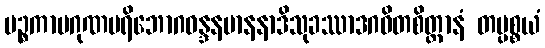
ပဉ္စကာမဂုဏပရိဘောဂဝန္ဒနမာနနာဒိသုခဿာဒဂဓိတစိတ္တာနံ တပ္ပစ္စယံ